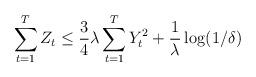
LaTeX: \begin{align*}\sum_{t=1}^{T} Z_t \leq \frac{3}{4} \lambda \sum_{t=1}^{T} Y_t^2 + \frac{1}{\lambda} \log(1 / \delta)\end{align*}